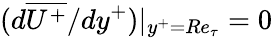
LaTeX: (d\overline{{U^{+}}}/{dy^{+}})|_{y^{+}=Re_{\tau}}=0